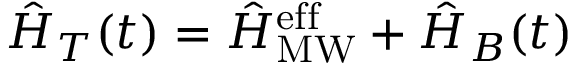
\hat { H } _ { T } ( t ) = \hat { H } _ { \mathrm { M W } } ^ { \mathrm { e f f } } + \hat { H } _ { B } ( t )